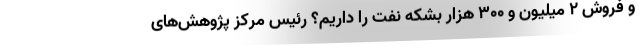
و فروش 2 میلیون و 300 هزار بشکه نفت را داریم؟ رئیس مرکز پژوهش‌های